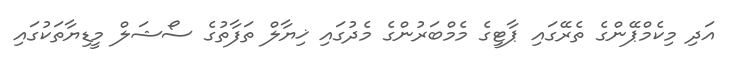
އަދި މިކެމްޕޭންގެ ތެރޭގައި ޕާޓީގެ މެމްބަރުންގެ މެދުގައި ޚިޔާލް ތަފާތުގެ ސޯޝަލް މީޑިޔާތަކުގައި